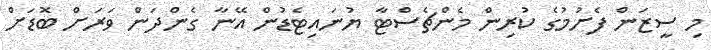
މި ސީޒަން ފެށުމުގެ ކުރިން މެންޗެސްޓާ ޔުނައިޓެޑުން އޭނާ ގެންދަން ވަރަށް ބޮޑަށް